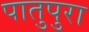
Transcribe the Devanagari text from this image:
पातुपुरा